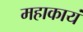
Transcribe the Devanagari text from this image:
महाकायं